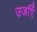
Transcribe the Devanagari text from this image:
उर्जाएँ